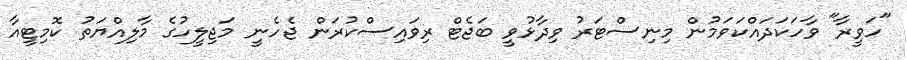
"ހަވީރާ" ވާހަކަދައްކަވަމުން މިނިސްޓަރު ވިދާޅުވީ ބަޖެޓް ރިވައިސްކުރަން ޖެހެނީ މަޖިލީހުގެ މާލިއްޔަތު ކޮމިޓީއާ